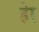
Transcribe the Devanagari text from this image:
हाे